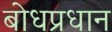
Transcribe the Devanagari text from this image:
बोधप्रधान